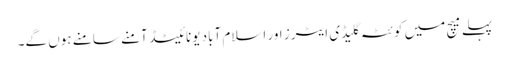
پہلے میچ میں کوئٹہ گلیڈی ایٹرز اور اسلام آباد یونائیٹڈ آمنے سامنے ہوں گے۔